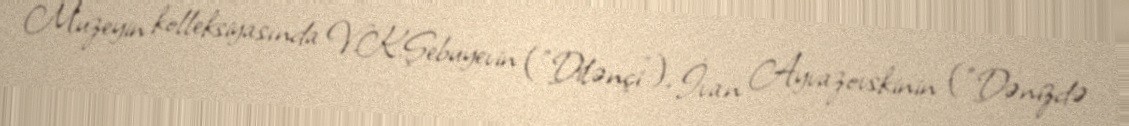
Muzeyin kolleksiyasında V.K.Şebuyevin ("Dilənçi"), İvan Ayvazovskinin ("Dənizdə